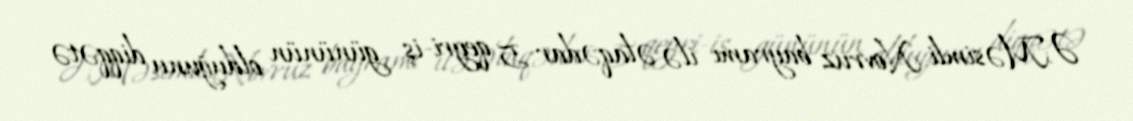
Ə.Məsimli Novruz bayramı ilə əlaqədar 5 qeyri-iş gününün olduğunu diqqətə